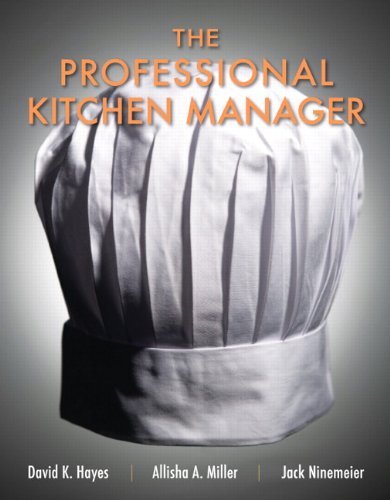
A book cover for The Professional Kitchen Manager; David K. Hayes; Cookbooks, Food & Wine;